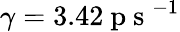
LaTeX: \gamma=3.42\mathrm{~p~s~}^{-1}